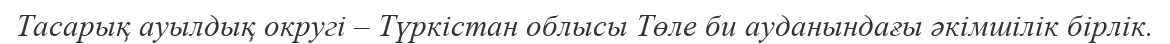
Тасарық ауылдық округі – Түркістан облысы Төле би ауданындағы әкімшілік бірлік.